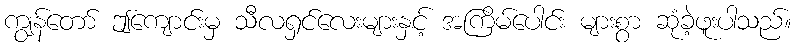
ကျွန်တော် ဤကျောင်းမှ သီလရှင်လေးများနှင့် အကြိမ်ပေါင်း များစွာ ဆုံခဲ့ဖူးပါသည်။